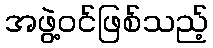
အဖွဲ့ဝင်ဖြစ်သည့်